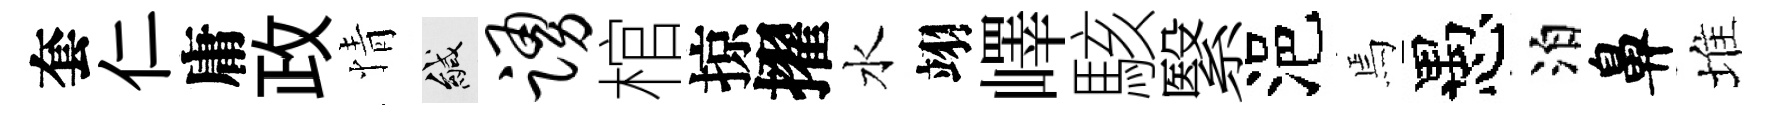
套仁庸政情緘踊棺掠擢水翊嶧駭繄浥焉愚泊鼻堆